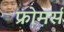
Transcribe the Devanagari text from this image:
फ्रोमर्स